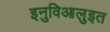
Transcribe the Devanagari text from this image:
इनुविआलुइत